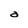
Character: a